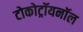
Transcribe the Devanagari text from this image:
टोकोट्रॉयनॉल